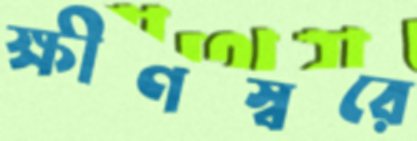
ক্ষীণস্বরে